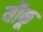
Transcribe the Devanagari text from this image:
यौकू